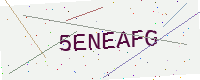
Text: 5ENEAFG